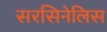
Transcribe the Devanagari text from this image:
सरसिनेलिस